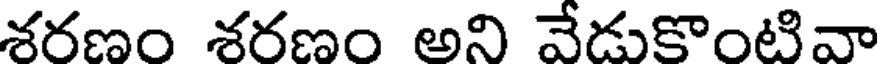
శరణం శరణం అని వేడుకొంటివా